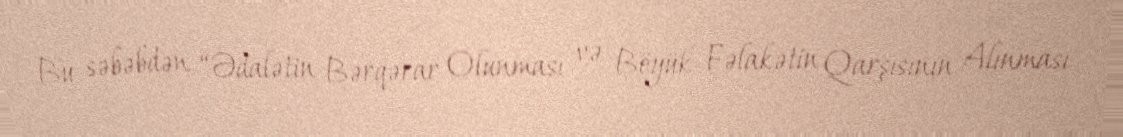
Bu səbəbdən “Ədalətin Bərqərar Olunması və Böyük Fəlakətin Qarşısının Alınması